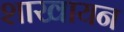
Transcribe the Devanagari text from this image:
शाखायन